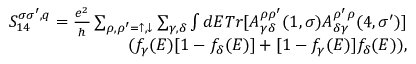
\begin{array} { r } { { S _ { 1 4 } ^ { \sigma \sigma ^ { \prime } , q } = \frac { e ^ { 2 } } { h } \sum _ { \rho , \rho ^ { \prime } = \uparrow , \downarrow } \sum _ { \gamma , \delta } \int d E T r [ A _ { \gamma \delta } ^ { \rho \rho ^ { \prime } } ( 1 , \sigma ) A _ { \delta \gamma } ^ { \rho ^ { \prime } \rho } ( 4 , \sigma ^ { \prime } ) ] } } \\ { { ( f _ { \gamma } ( E ) [ 1 - f _ { \delta } ( E ) ] + [ 1 - f _ { \gamma } ( E ) ] f _ { \delta } ( E ) ) , } } \end{array}